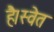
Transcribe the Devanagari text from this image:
है।स्वेत